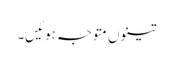
تینوں متوجہ ہوئیں۔